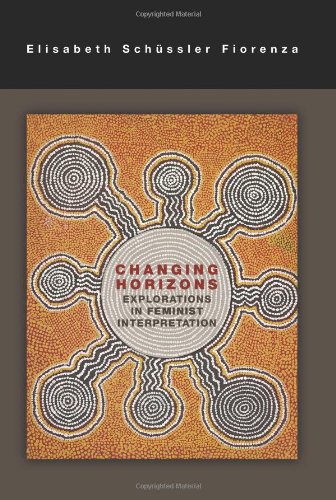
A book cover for Changing Horizons: Explorations of Feminist Interpretation; Elisabeth Schussler Fiorenza; Christian Books & Bibles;